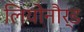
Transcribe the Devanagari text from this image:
लियोनौर्ड